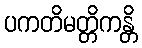
ပကတိမတ္တိကန္တိ